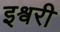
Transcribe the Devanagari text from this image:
इश्वरी